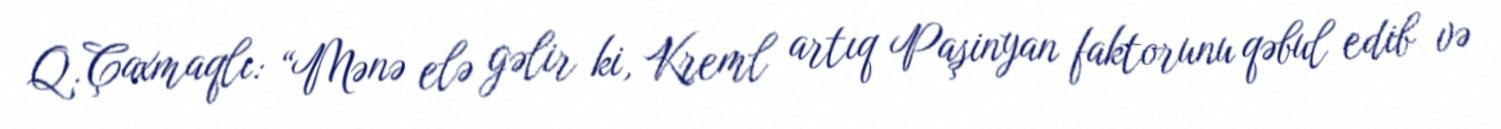
Q.Çaxmaqlı: “Mənə elə gəlir ki, Kreml artıq Paşinyan faktorunu qəbul edib və